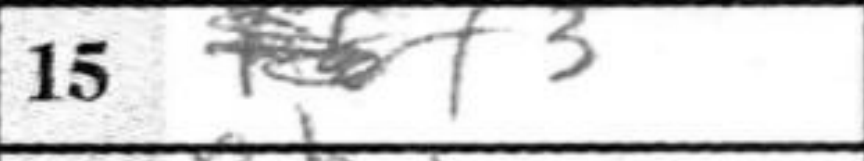
Transcription: f3